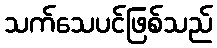
သက်သေပင်ဖြစ်သည်